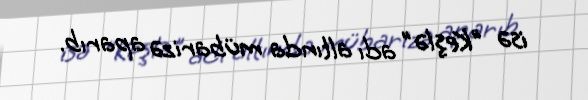
isə "Keşlə" adı altında mübarizə aparıb.